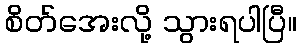
စိတ်အေးလို့ သွားရပါပြီ။